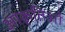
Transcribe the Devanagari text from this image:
आकृतिओं